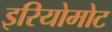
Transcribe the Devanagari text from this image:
इरियोमोट